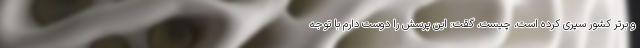
و برتر کشور سپری کرده است، چیست، گقت: این پرسش را دوست دارم با توجه